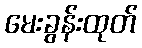
မေးခွန်းထုတ်